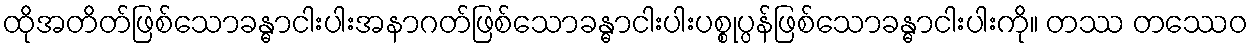
ထိုအတိတ်ဖြစ်သောခန္ဓာငါးပါးအနာဂတ်ဖြစ်သောခန္ဓာငါးပါးပစ္စုပ္ပန်ဖြစ်သောခန္ဓာငါးပါးကို။ တဿ တဿေဝ